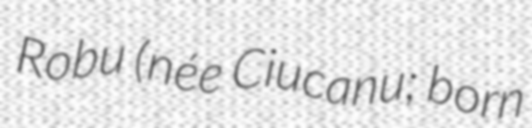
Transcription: Robu (née Ciucanu; born